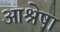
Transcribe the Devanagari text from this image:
आश्रेषा